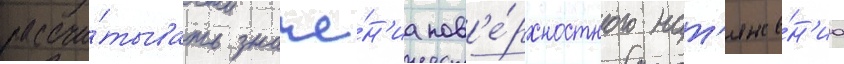
рассчи́тывать значе́н'иа пов'е́рхностного нат'яже́н'иа